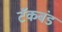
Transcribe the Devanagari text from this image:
टॅंकबंड